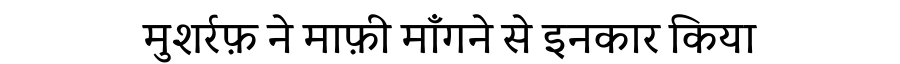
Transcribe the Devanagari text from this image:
मुशर्रफ़ ने माफ़ी माँगने से इनकार किया